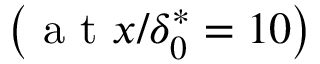
\left( \mathrm { ~ a ~ t ~ } x / \delta _ { 0 } ^ { * } = 1 0 \right)